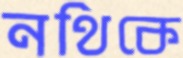
নথিকে